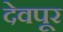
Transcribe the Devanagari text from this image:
देवपूर